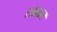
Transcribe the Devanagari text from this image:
खक्कर